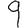
Digit: 9